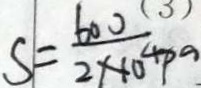
S = \frac { 6 0 0 } { 2 \times 1 0 ^ { 4 } p a }